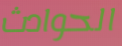
الحوادث